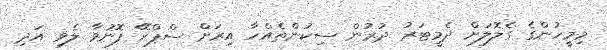
މިމީހުންގެ ގެލޮލަށް ދެމީޓަރު ދުރުން ސިކުންތެއްހާ އިރަށް ސްޕްރޭ ފޮނުވާ ލެވި އަދި